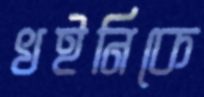
খইনিকে